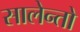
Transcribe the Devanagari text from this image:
सालेन्तो